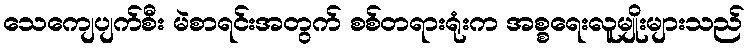
သေကျေပျက်စီး မဲစာရင်းအတွက် စစ်တရားရုံးက အစ္စရေးလူမျိုးများသည်